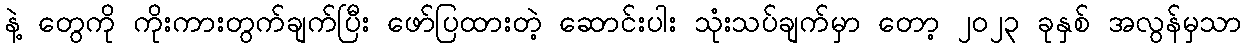
နဲ့ တွေကို ကိုးကားတွက်ချက်ပြီး ဖော်ပြထားတဲ့ ဆောင်းပါး သုံးသပ်ချက်မှာ တော့ ၂၀၂၃ ခုနှစ် အလွန်မှသာ